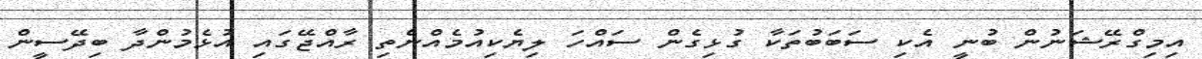
އިމިގްރޭޝަނުން ބުނީ އެކި ސަބަބުތަކާ ގުޅިގެން ސައްހަ ލިޔެކިއުމެއްނެތި ރާއްޖޭގައި އުޅެމުންދާ ބިދޭސީން